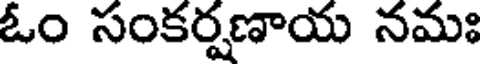
ఓం సంకర్షణాయ నమః